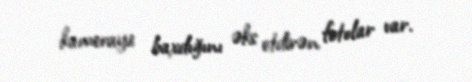
kameraya baxdığını əks etdirən fotolar var.